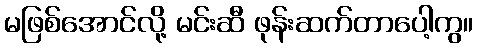
မဖြစ်အောင်လို့ မင်းဆီ ဖုန်းဆက်တာပေါ့ကွ။